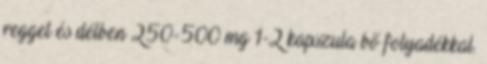
reggel és délben 250-500 mg 1-2 kapszula bő folyadékkal.